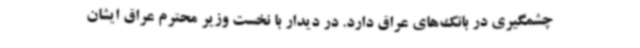
چشمگیری در بانک‌های عراق دارد. در دیدار با نخست وزیر محترم عراق ایشان